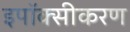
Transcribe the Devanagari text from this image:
इपॉक्सीकरण